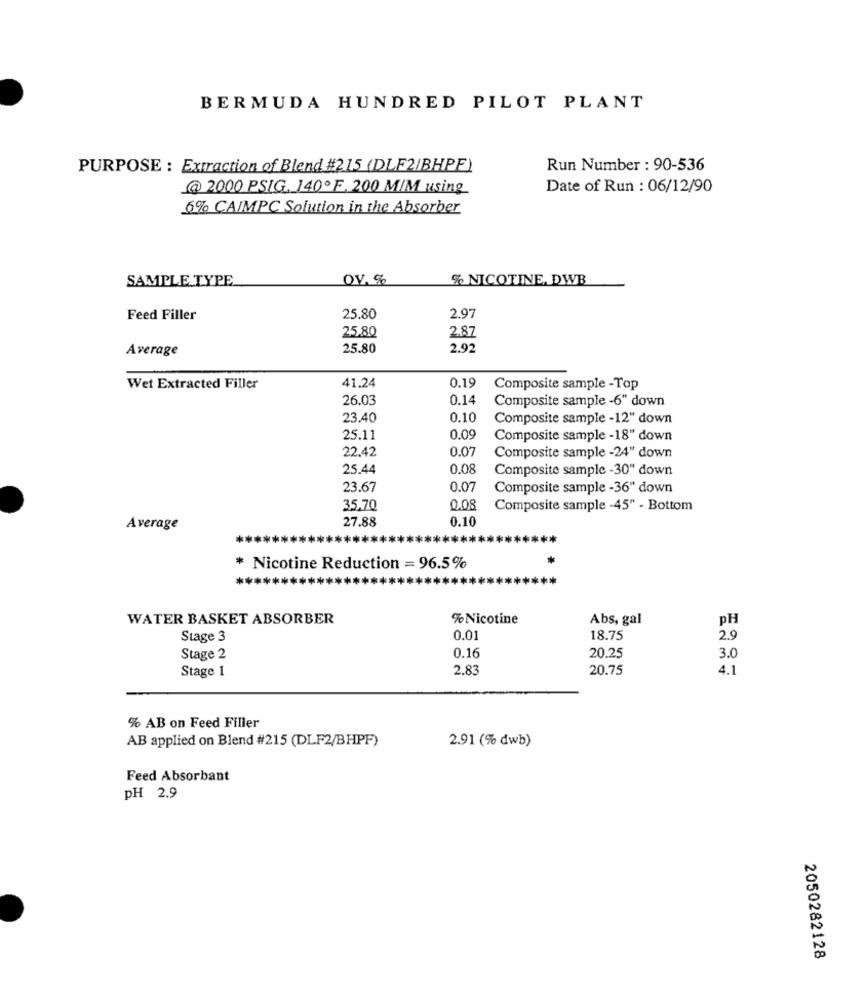
BERMUDA HUNDRED PILOT PLANT
PURPOSE : Extraction of Blend #215 (DLF2IBHPF)
Run Number : 90-536
@ 2000 PSIG. 140º F. 200 MIM using
Date of Run : 06/12/90
6% CAIMPC Solution in the Absorber
SAMPLE TYPE
OV. %
% NICOTINE, DWB
Feed Filler
25.80
2.97
25.80
2.87
Average
25.80
2.92
Wet Extracted Filler
41.24
0.19
Composite sample -Top
26.03
0.14
Composite sample -6" down
23.40
0.10
Composite sample -12" down
25.11
0.09
Composite sample -18" down
22.42
0.07
Composite sample -24" down
25.44
0.08
Composite sample -30" down
23.67
0.07
Composite sample -36" down
35,70
0.08
Composite sample -45" - Bottom
27.88
0.10
Average
**
*****
* Nicotine Reduction = 96.5%
WATER BASKET ABSORBER
% Nicotine
Abs, gal
pH
Stage 3
0.01
18.75
2.9
Stage 2
0.16
20.25
3.0
Stage 1
2.83
20.75
4.1
% AB on Feed Filler
AB applied on Blend #215 (DLF2/BHPF)
2.91 (% dwb)
Feed Absorbant
PH 2.9
2050282128